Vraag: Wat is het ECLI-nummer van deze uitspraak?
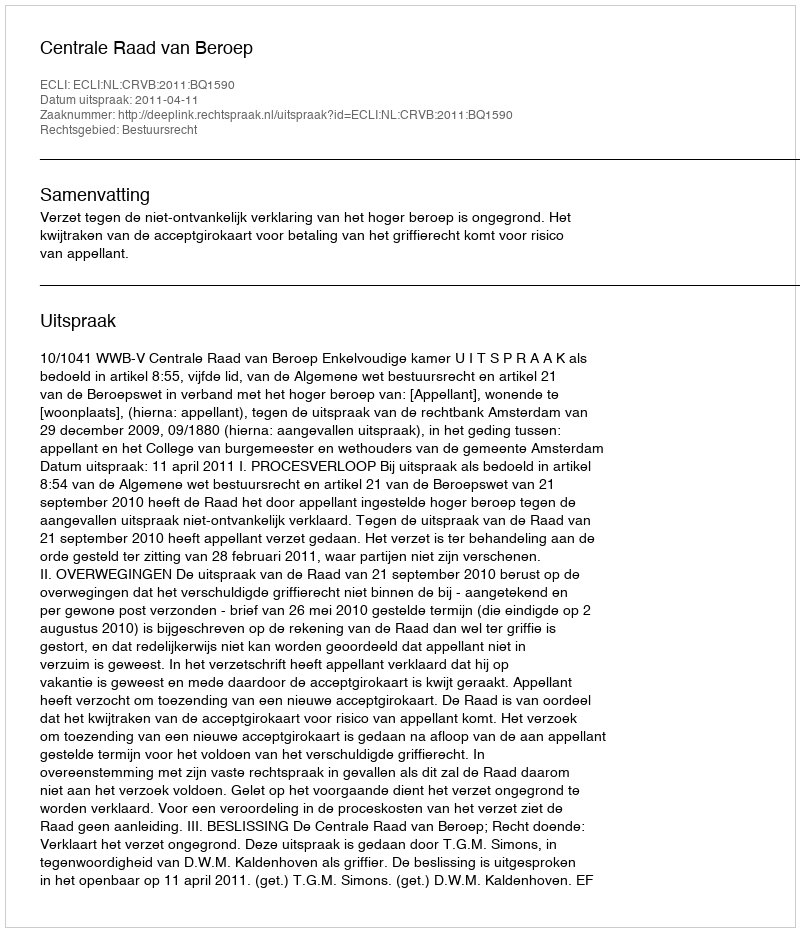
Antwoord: ECLI:NL:CRVB:2011:BQ1590